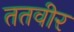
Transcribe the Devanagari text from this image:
ततवीर